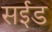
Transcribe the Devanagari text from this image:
सईड